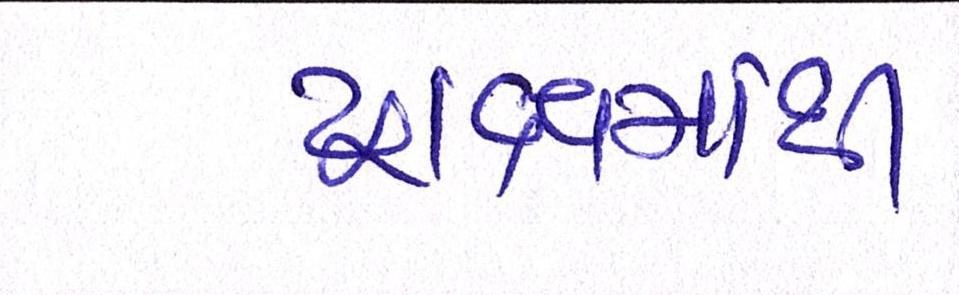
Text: દ્રાક્ષમાંથી